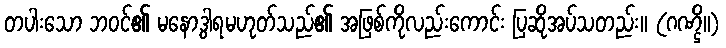
တပါးသော ဘဝင်၏ မနောဒွါရမဟုတ်သည်၏ အဖြစ်ကိုလည်းကောင်း ပြဆိုအပ်သတည်း။ (ဂဏ္ဌိ။)